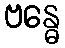
ဗန္ဓေ